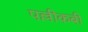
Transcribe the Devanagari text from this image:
पल्लीकबी